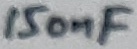
Text: 150nF